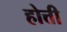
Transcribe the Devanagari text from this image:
होत्ती